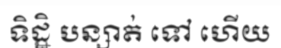
ទិដ្ឋិ បន្សាត់ ទៅ ហើយ